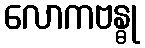
လောကဗန္ဓု